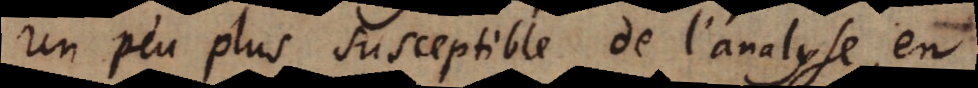
un peu plus susceptible de l’analyse en